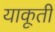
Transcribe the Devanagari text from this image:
याकूती